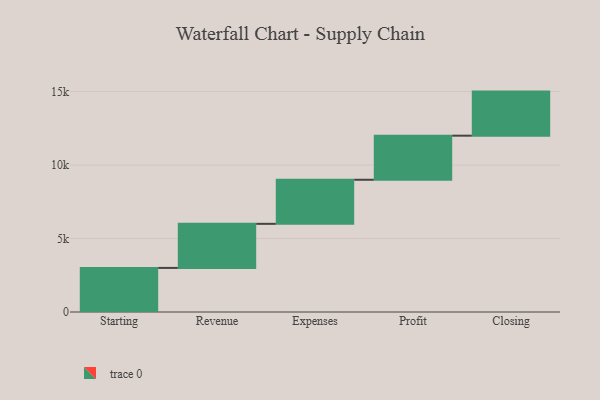
{"axis": {"x": "Step", "y": "Value"}, "legend": [""], "data": [{"x": "Starting", "y": 3000, "type": ""}, {"x": "Revenue", "y": 3000, "type": ""}, {"x": "Expenses", "y": 3000, "type": ""}, {"x": "Profit", "y": 3000, "type": ""}, {"x": "Closing", "y": 3000, "type": ""}]}